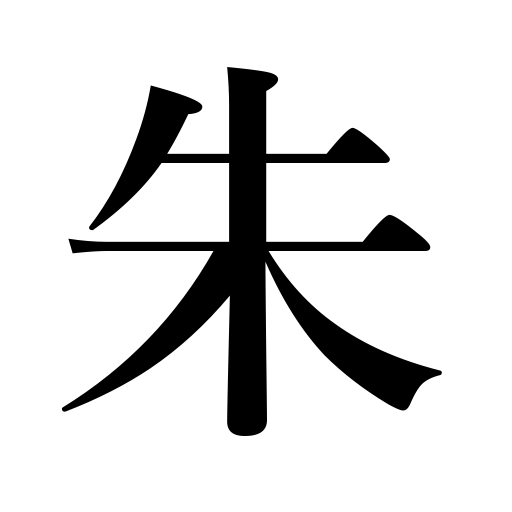
Meanings: vermilion,cinnabar